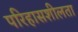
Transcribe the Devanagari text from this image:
परिहासशीलता